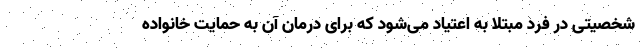
شخصیتی در فرد مبتلا به اعتیاد می‌شود که برای درمان آن به حمایت خانواده